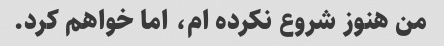
من هنوز شروع نکرده ام، اما خواهم کرد.